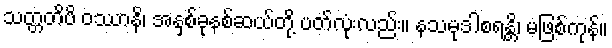
သတ္တတိပိ ဝဿာနိ၊ အနှစ်ခုနစ်ဆယ်တို့ ပတ်လုံးလည်း။ နသမုဒါစရန္တိ၊ မဖြစ်ကုန်။